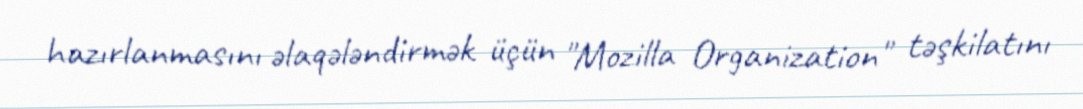
hazırlanmasını əlaqələndirmək üçün "Mozilla Organization" təşkilatını